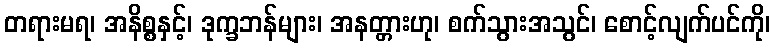
တရားမရ၊ အနိစ္စနှင့်၊ ဒုက္ခဘန်များ၊ အနတ္တားဟု၊ စက်သွားအသွင်၊ စောင့်လျက်ပင်ကို၊